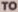
TO